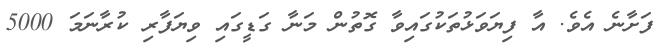
ފަށާނެ އެވެ. އާ ފިޔަވަޅުތަކުގައިވާ ގޮތުން މަނާ ގަޑީގައި ވިޔަފާރި ކުރާނަމަ 5000